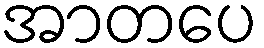
အာတပေ